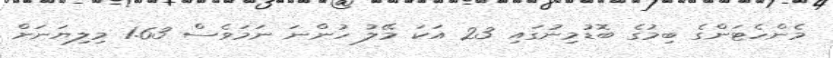
މެންހެޓަންގެ ބިމުގެ ބޮޑުމިނުގައި 23 އަކަ މޭލު ހުންނަ ނަމަވެސް 1.63 މިލިޔަނަށް